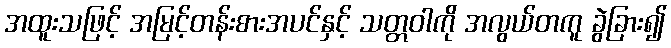
အထူးသဖြင့် အမြင့်တန်းစားအပင်နှင့် သတ္တဝါကို အလွယ်တကူ ခွဲခြား၍